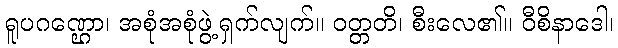
ရူပဂဏ္ဌော၊ အစုံအစုံဖွဲ့ရှက်လျက်။ ဝတ္တတိ၊ စီးလေ၏။ ဝီစိနာဒေါ၊